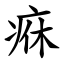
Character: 㾋